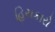
હિચકારો